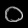
Digit: ၀